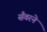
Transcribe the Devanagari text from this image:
सँवरने